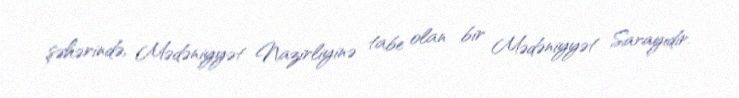
şəhərində, Mədəniyyət Nazirliyinə tabe olan bir Mədəniyyət Sarayıdır.